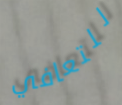
للتعافي